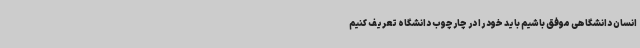
انسان دانشگاهی موفق باشیم باید خود را در چارچوب دانشگاه تعریف کنیم